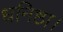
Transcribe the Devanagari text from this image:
धनिष्ठा।